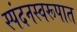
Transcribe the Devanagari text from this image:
स्पंदनस्वरूपात